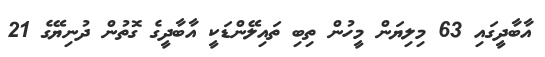
އާބާދީގައި 63 މިލިޔަން މީހުން ތިބި ތައިލޭންޑަކީ އާބާދީގެ ގޮތުން ދުނިޔޭގެ 21